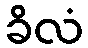
ခိလံ